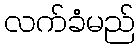
လက်ခံမည်